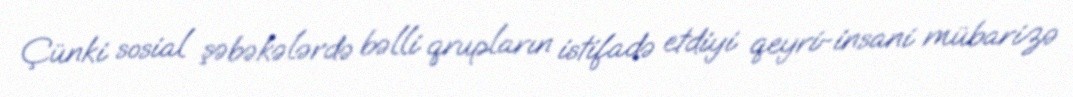
Çünki sosial şəbəkələrdə bəlli qrupların istifadə etdiyi qeyri-insani mübarizə